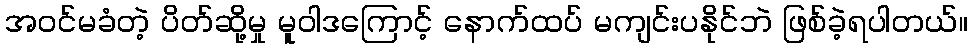
အဝင်မခံတဲ့ ပိတ်ဆို့မှု မူဝါဒကြောင့် နောက်ထပ် မကျင်းပနိုင်ဘဲ ဖြစ်ခဲ့ရပါတယ်။